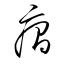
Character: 癇